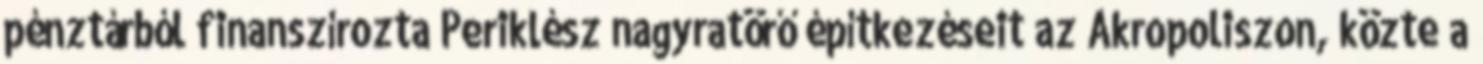
pénztárból finanszírozta Periklész nagyratörő építkezéseit az Akropoliszon, közte a